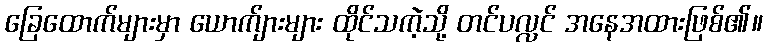
ခြေထောက်များမှာ ယောက်ျားများ ထိုင်သကဲ့သို့ တင်ပလ္လင် အနေအထားဖြစ်၏။